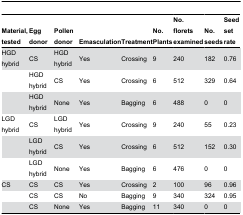
| Material, tested | Egg donor | Pollen donor | Emasculation | Treatment | No. Plants | No. florets examined | No. seeds | Seed set rate |
 | --- | --- | --- | --- | --- | --- | --- | --- | --- |
 | HGD hybrid | CS | HGD hybrid | Yes | Crossing | 9 | 240 | 182 | 0.76 |
 |  | HGD hybrid | CS | Yes | Crossing | 6 | 512 | 329 | 0.64 |
 |  | HGD hybrid | None | Yes | Bagging | 6 | 488 | 0 | 0 |
 | LGD hybrid | CS | LGD hybrid | Yes | Crossing | 9 | 240 | 55 | 0.23 |
 |  | LGD hybrid | CS | Yes | Crossing | 6 | 512 | 152 | 0.30 |
 |  | LGD hybrid | None | Yes | Bagging | 6 | 476 | 0 | 0 |
 | CS | CS | CS | Yes | Crossing | 2 | 100 | 96 | 0.96 |
 |  | CS | CS | No | Bagging | 9 | 340 | 324 | 0.95 |
 |  | CS | None | Yes | Bagging | 11 | 340 | 0 | 0 |